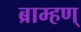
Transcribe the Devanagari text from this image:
ब्राम्हण्